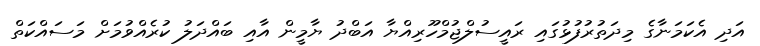
އަދި އެކަމަނާގެ މިދަތުރުފުޅުގައި ރައީސުލްޖުމްހޫރިއްޔާ އަބްދު ޔާމީން އާއި ބައްދަލު ކުރެއްވުމަށް މަސައްކަތް